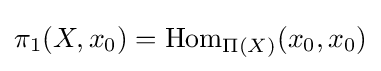
\pi _{1}(X,x_{0})=\mathrm {Hom} _{\Pi (X)}(x_{0},x_{0})